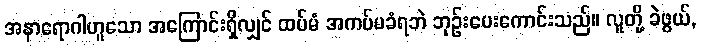
အနာရောဂါဟူသော အကြောင်းရှိလျှင် ထပ်မံ အကပ်မခံရဘဲ ဘုဉ်းပေးကောင်းသည်။ လူတို့ ခဲဖွယ်,